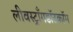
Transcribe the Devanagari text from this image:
लीवस्ट्राँगडॉटकॉम